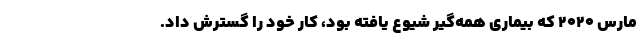
مارس ۲۰۲۰ که بیماری همه‌گیر شیوع یافته بود، کار خود را گسترش داد.